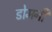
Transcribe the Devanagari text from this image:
डोमनी